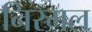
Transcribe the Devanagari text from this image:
निरमल